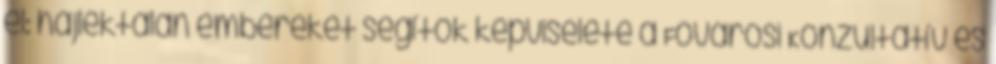
el: hajléktalan embereket segítők képviselete a Fővárosi Konzultatív és